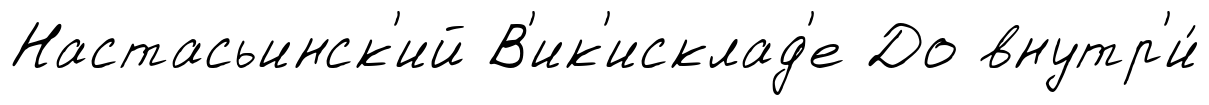
Настасьинск'ий В'ик'исклад'е До внутр'и́